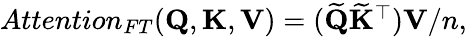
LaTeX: \begin{array}{r}{Attention_{FT}(\mathbf{Q},\mathbf{K},\mathbf{V})=(\widetilde{\mathbf{Q}}\widetilde{\mathbf{K}}^{\top})\mathbf{V}/n,}\end{array}